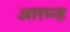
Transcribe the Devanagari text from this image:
आरम्न्ह